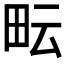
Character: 𤱂